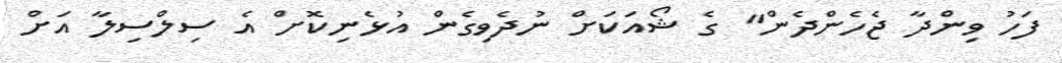
ފަހު ވިންދާ ޖެހެންދެން" ގެ ޝޯއަކަށް ނުދެވިގެން އުޅެނިކޮށް އެ ސިލްސިލާ އަށް